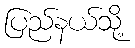
ပြည်နယ်သို့